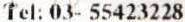
TEL: 03- 55423228